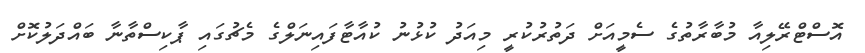
އޮސްޓްރޭލިއާ މުބާރާތުގެ ސެމީއަށް ދަތުރުކުރީ މިއަދު ކުޅުނު ކުއާޓާފައިނަލްގެ މެޗުގައި ޕާކިސްތާނާ ބައްދަލުކޮށް